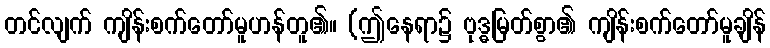
တင်လျက် ကျိန်းစက်တော်မူဟန်တူ၏။ (ဤနေရာ၌ ဗုဒ္ဓမြတ်စွာ၏ ကျိန်းစက်တော်မူချိန်